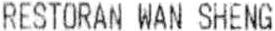
RESTORAN WAN SHENG